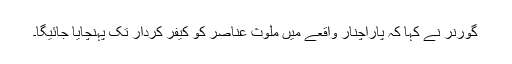
گورنر نے کہا کہ پاراچنار واقعے میں ملوث عناصر کو کیفر کردار تک پہنچایا جائیگا۔